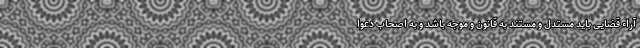
آراء قضایی باید مستدل و مستند به قانون و موجه باشد و به اصحاب دعوا